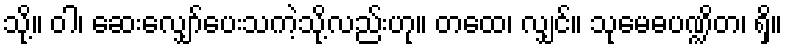
သို့။ ဝါ၊ ဆေးလျှော်ပေးသကဲ့သို့လည်းဟု။ တထေ၊ လျှင်။ သုမေဓပဏ္ဍိတ၊ ရှိ။